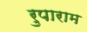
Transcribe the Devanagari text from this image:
रुपाराम